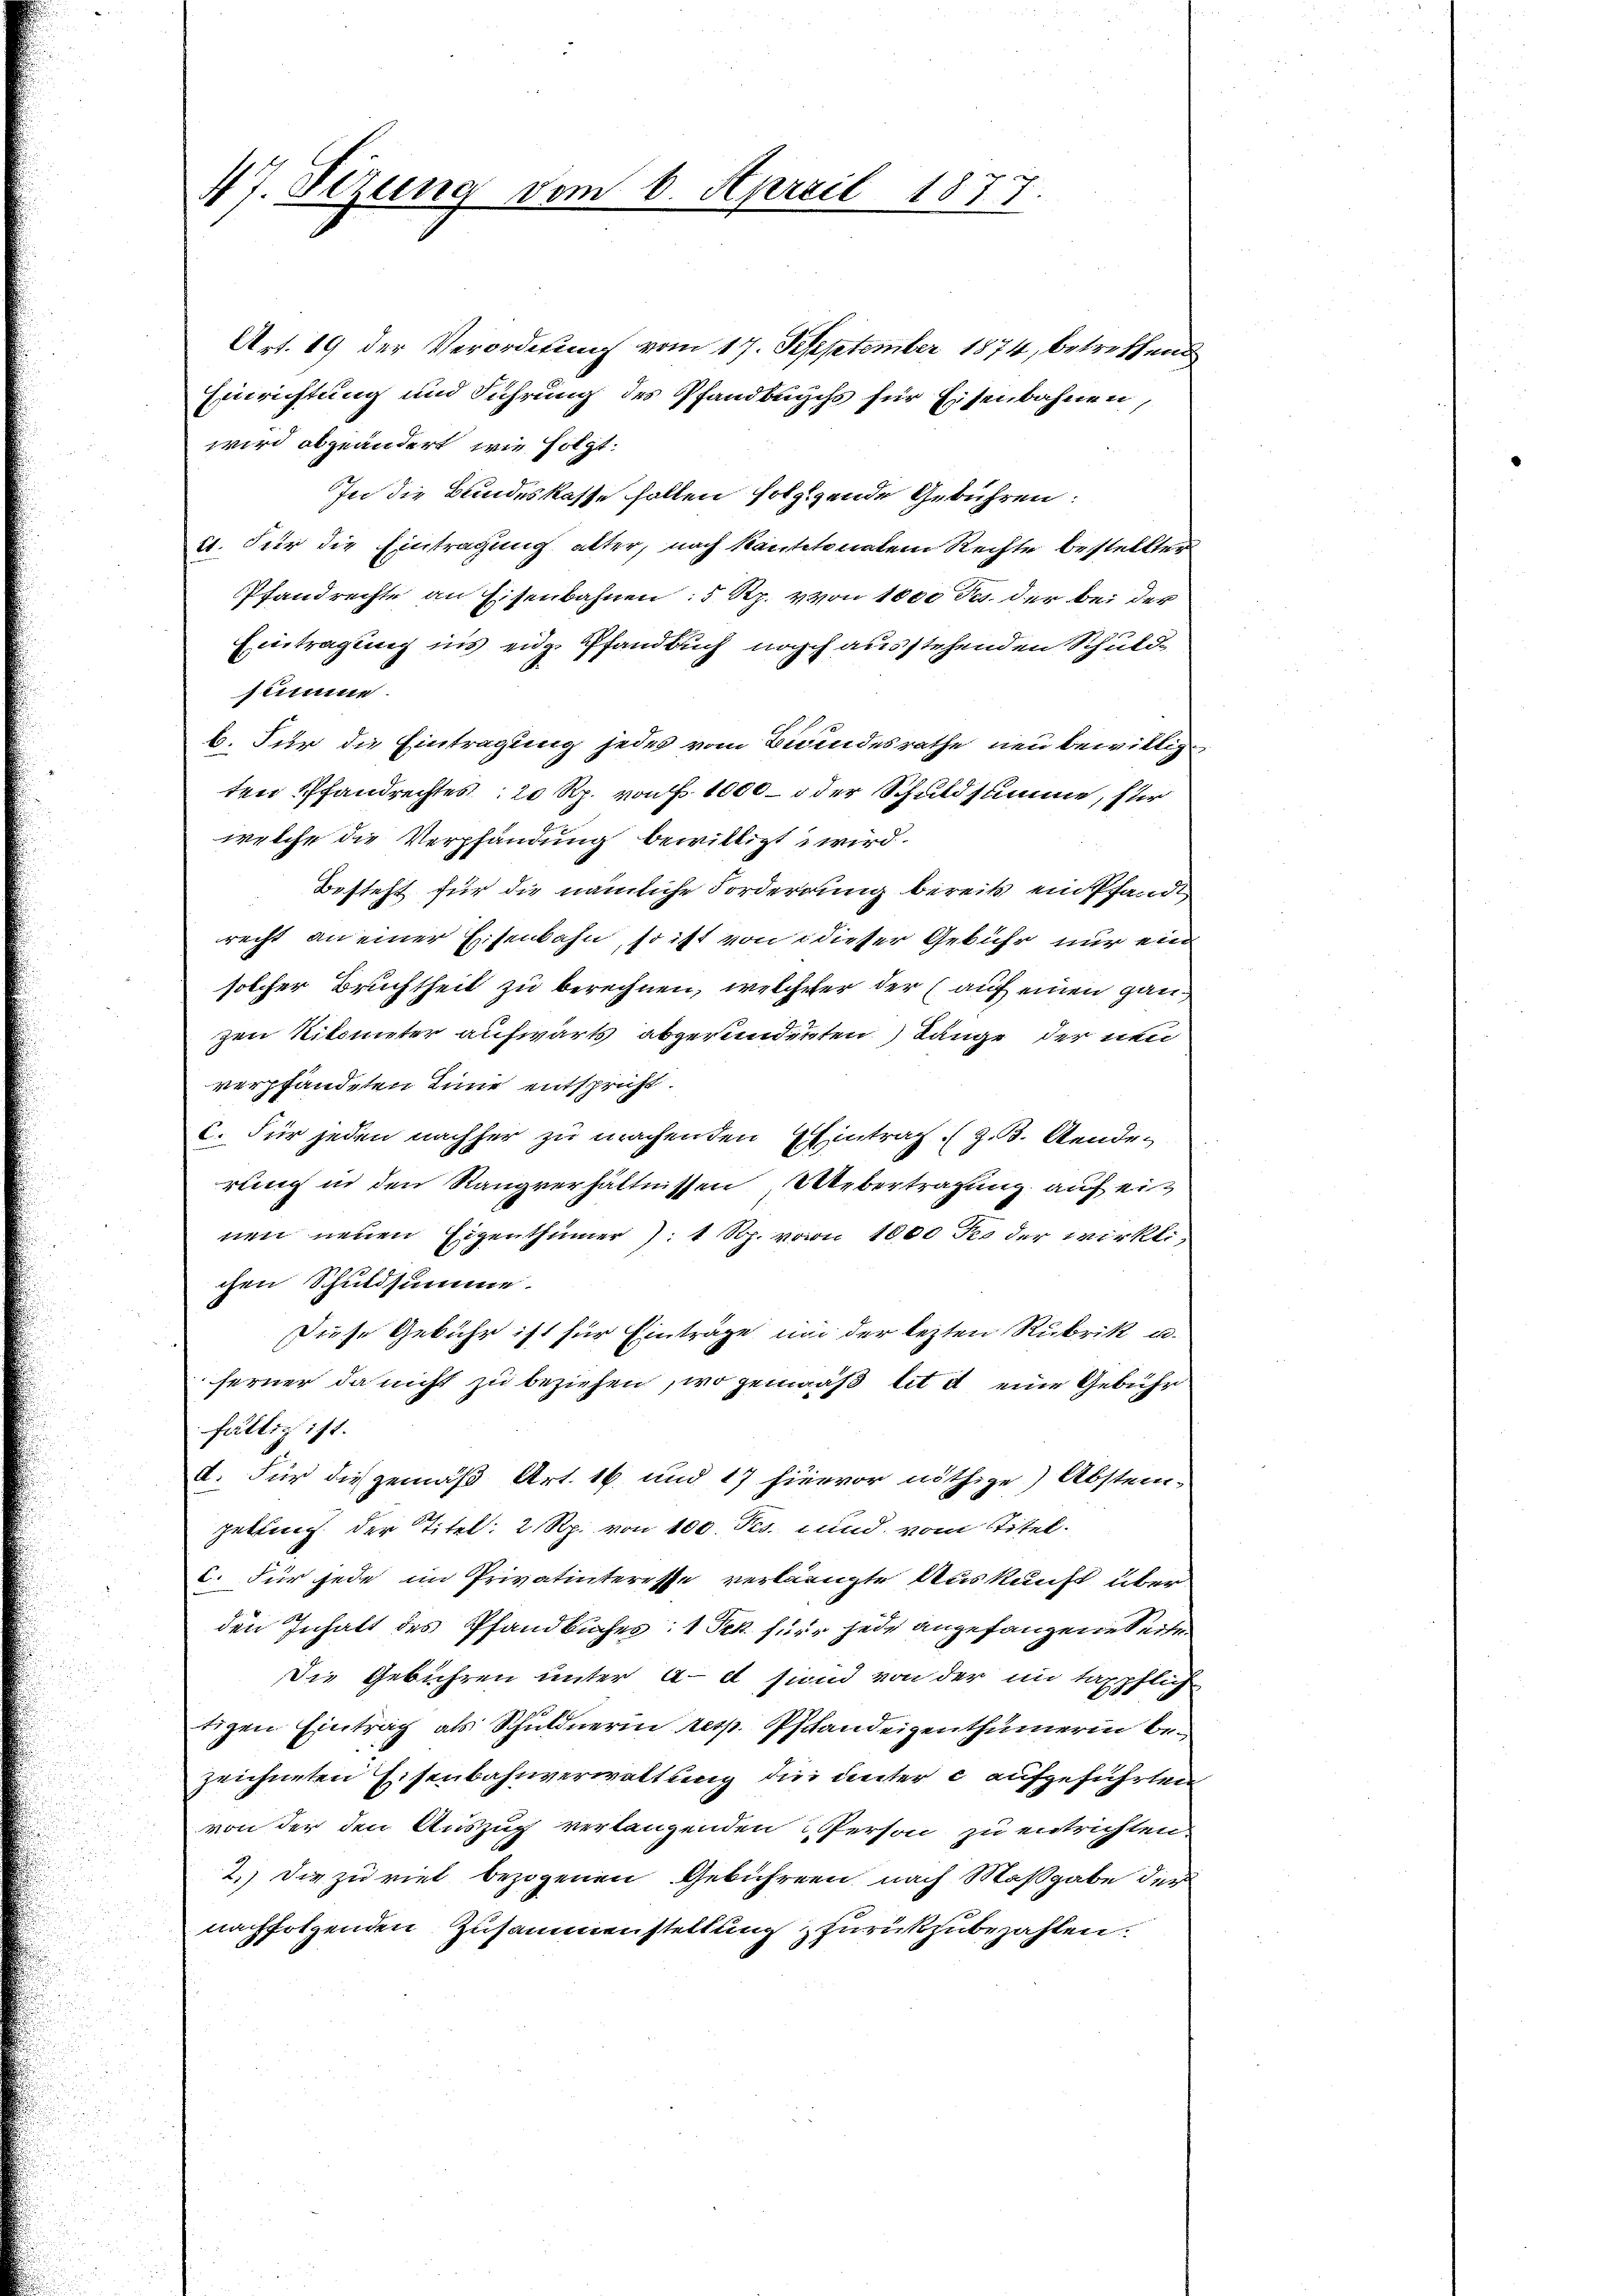
47. Sizung vom 6. April 1877.

Art. 19 der Verordnung vom 17. September 1874, betreffend
Einrichtung und Führung des Pfandbuchs für Eisenbahnen,
wird abgeändert, wie folgt:
In die Bundeskasse follen folgende Gebühren:
a. Für die Eintragung alter, nach kantonalem Rechte bestellten
Pfandrechte an Eisenbahnen: 5 Rp. von 1000 Fr. der bei der
Eintragung ins eidg. Pfandbuch noch ausstehenden Schuldsumme.
b. Für die Eintragung jedes vom Bewendesrathe neu bewilligten Pfandrechtes 20 Rp. von f. 1000 – oder Schuldsumme, für
welche die Verpfandung bewilligt wird.
Besteht für die nämliche Forderrung bereits ein Pfandt
recht an einer Eisenbahn, so ist von dieser Gebühr nur ein
solcher Bruchtheit zu berechnen, welcherer der (auf einen ganzen Kilometer aufwärts abgerundenten Länge der neu
verpfändeten Linie entspricht.
c. Für jeden nachher zu machenden Eintrag (z. B. Aende.
rung in den Rangverhältnissen Uebertragung auf einen neuen Eigenthümer, 1 Rp. von 1000 des der wirkli
chen Schuldsumme
Diese Gebühr ist für Einträge und der lezten Rubrik u.
ferner da nicht zu beziehen, wo gemäß lit d eine Gebühr
fällig ist.
d. Für die gemäß Art. 16 und 17 hiervor nöthige) Abstei-
getting. Der Titel: 2 Rp. von 100. Fes. und vom Titel.
C. Für jede im Privatinteresse verlangte Auskunft überden Inhalt des Pfandbuches: 1 Frk. für jede angefangene Seite
Die Gebühren unter ad sind von der in taxpflich
tigen Eintrag als Schuldnerin resp. Pfandeigenthümerin bezeichneten Eisenbahnverwaltung die unter c aufgeführten
von der den Auszug verlangenden 3 Person zu entrichten.
2.) Die zu riet bezogenen Gebühren nach Maßgabe der
nachfolgenden Zusammenstellung zurükzubezahlen.